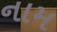
નામ